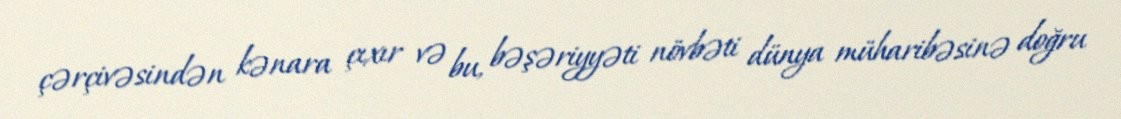
çərçivəsindən kənara çıxır və bu, bəşəriyyəti növbəti dünya müharibəsinə doğru